Report on vaccination in the Province of Bengal - 1874-1889
Year: 1874
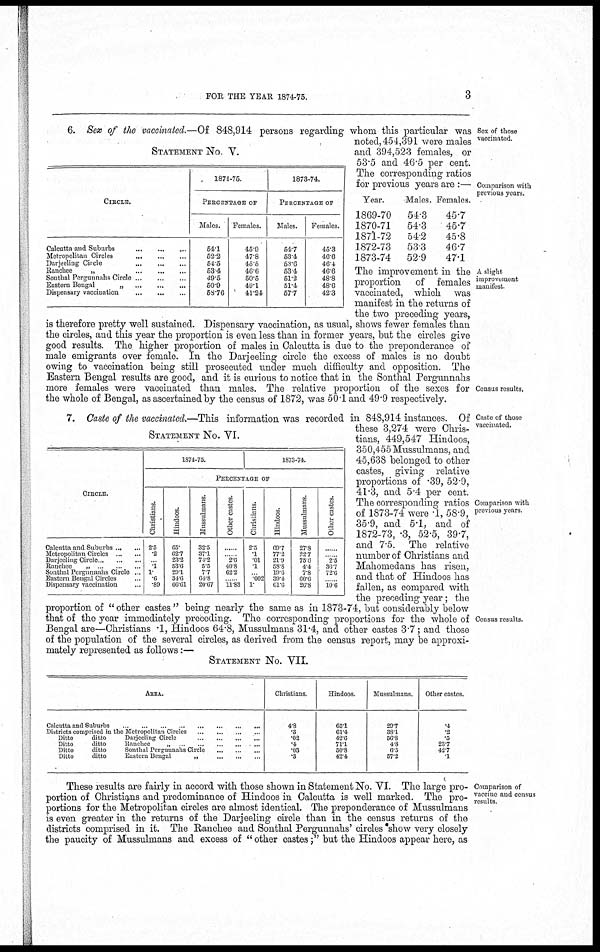
FOR THE YEAR 1874-75.
3
Sex of those
vaccinated.
Comparison with
previous years.
A shght
improvement
manifest.
Census results.
STATEMENT No. V.
CIRCLE.
Calcutta and Suburbs
...
...
...
Metropolitan Circles
...
...
...
Darjeeling Circle
...
...
...
Ranchee
„
...
...
...
Sonthal Pergunnahs Circle
...
...
...
Eastern Bengal
„
...
...
...
Dispensary vaccination
...
...
...
1874-75.
PERCENTAGE OF
Males.
54.1
52.2
54.5
53.4
49.5
50.9
58.76
Females.
45.9
47.8
45.5
46.6
50.5
49.1
41.24
1873-74.
PERCENTAGE OF
Males.
54.7
53.4
50.6
53.4
51.2
51.4
57.7
Females.
45.3
46.6
46.4
46.6
48.8
48.6
42.3
6. Sex of the vaccinated.—Of 848,914 persons regarding whom this particular was
noted, 454,391 were males
and 394,523 females, or
53.5 and 46.5 per cent.
The corresponding ratios
for previous years are :—
The improvement in the
proportion of females
vaccinated, which was
manifest in the returns of
the two preceding years,
is therefore pretty well sustained. Dispensary vaccination, as usual, shows fewer females than
the circles, and this year the proportion is even less than in former years, but the circles give
good results. The higher proportion of males in Calcutta is due to the preponderance of
male emigrants over female. In the Darjeeling circle the excess of males is no doubt
owing to vaccination being still prosecuted under much difficulty and opposition. The
Eastern Bengal results are good, and it is curious to notice that in the Sonthal Pergunnahs
more females were vaccinated than males. The relative proportion of the sexes for
the whole of Bengal, as ascertained by the census of 1872, was 50.1 and 49.9 respectively.
Year.
1869-70
1870-71
1871-72
1872-73
1873-74
Males.
54.3
54.3
54.2
53.3
52.9
Females.
45.7
45.7
45.8
46.7
47.1
Caste of those
vaccinated.
Comparison with
previous years.
Census results.
STATEMENT No. VI.
CIRCLE.
Calcutta and Suburbs
...
...
Metropolitan Circles
...
...
Darjeeling Circle
...
...
Ranchee „ ... ... ...
Sonthal Pergunnahs Circle ...
Eastern Bengal Circle ...
Dispensary vaccination ...
1874-75.
1873-74.
PERCENTAGE OF
Christians.
2.5
.2
...
.1
1. .6
.89
Hindoos.
65.
62.7
23.2
53.6
29.1
34.6
66.61
Mussulmans.
32.5
37.1
71.2
5.5
7.7
64.8
20.67
Other castes.
......
...... 2.6
40.8
62.2
...... 11.83
Christians.
2.5
.1
.01
.1
... .002
1.
Hindoos.
69.7
77.2
21.9
58.8
19.6
39.4
61.6
Mussulmans.
27.8
22.7
75.6
4.4
7.8
60.6
26.8
Other castes.
......
...... 2.5
36.7
72.6
...... 10.6
7. Caste of the vaccinated.—This information was recorded in 848,914 instances. Of
these 3,274 were Chris-
tians, 449,547 Hindoos,
350,455 Mussulmans, and
45,638 belonged to other
castes, giving relative
proportions of .39, 52.9,
41.3, and 5.4 per cent.
The corresponding ratios
of 1873-74 were 1, 58.9,
35.9, and 5.1, and of
1872-73, .3, 52.5, 39.7,
and 7.5. The relative
number of Christians and
Mahomedans has risen,
and that of Hindoos has
fallen, as compared with
the preceding year; the
proportion of " other castes " being nearly the same as in 1873-74, but considerably below
that of the year immediately preceding. The corresponding proportions for the whole of
Bengal are—Christians 1, Hindoos 64.8, Mussulmans 31.4, and other castes 3.7; and those
of the population of the several circles, as derived from the census report, may be approxi-
mately represented
as follows :—
STATEMENT No. VII.
AREA.
Calcutta and Suburbs
...
...
...
...
...
Districts comprised in
cles ... ... ... ...
Ditto
ditto
...
...
...
...
Ditto
ditto
Ranchee
„
...
...
...
...
Ditto
ditto
Sonthal Pergunnahs Circle
...
...
...
Ditto
ditto
Eastern Bengal
„
...
...
...
Christians.
4.8
.3
.02
.4
.03
.3
Hindoos.
65.1
61.4
42.6
71.1
50.8
42.4
Mussulmans.
29.7
38.1
56.8
4.8
6.5
57.2
Other castes.
.4
.2
.5
23.7
42.7
.1
Comparison of
vaccine and census
results.
These results are fairly in accord with those shown in Statement No. VI. The large pro-
portion of Christians and predominance of Hindoos in Calcutta is well marked. The pro-
portions for the Metropolitan circles are almost identical. The preponderance of Mussulmans
is even greater in the returns of the Darjeeling circle than in the census returns of the
districts comprised in it. The Ranchee and Sonthal Pergunnahs' circles show very closely
the paucity of Mussulmans and excess of "other castes;" but the Hindoos appear here, as